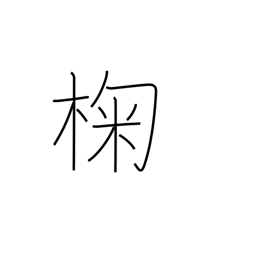
Meaning: oak